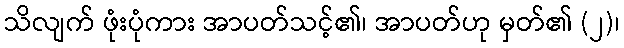
သိလျက် ဖုံးပုံကား အာပတ်သင့်၏၊ အာပတ်ဟု မှတ်၏ (၂)၊